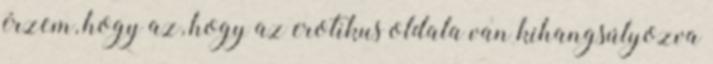
érzem, hogy az, hogy az erotikus oldala van kihangsúlyozva